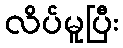
လိပ်မူပြီး